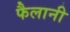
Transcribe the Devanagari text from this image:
फैलानी